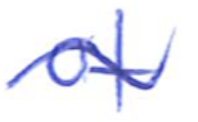
Text: of
Cross-out: wave
Writing tool: ballpoint